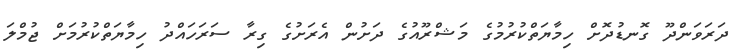
ދަރަވަންދޫ ގޮނޑުދޮށް ހިމާޔަތްކުރުމުގެ މަޝްރޫއުގެ ދަށުން އެރަށުގެ ގިރާ ސަރަހައްދު ހިމާޔަތްކުރުމަށް ޖުމްލަ